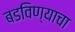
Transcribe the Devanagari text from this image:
बडविण्याचा